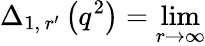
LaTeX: \Delta_{1,\, r^{\prime}}\left(q^{2}\right)=\operatorname*{lim}_{r\rightarrow\infty}